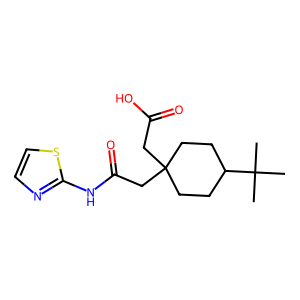
SMILES: CC(C)(C)C1CCC(CC(=O)O)(CC(=O)Nc2nccs2)CC1
Inhibits HIV replication: No